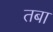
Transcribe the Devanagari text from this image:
तबा